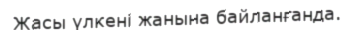
Жасы үлкені жанына байланғанда.